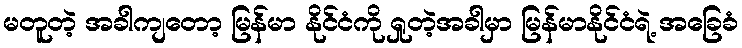
မတူတဲ့ အခါကျတော့ မြန်မာ နိုင်ငံကို ရှုတဲ့အခါမှာ မြန်မာနိုင်ငံရဲ့ အခြေခံ